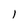
Character: l